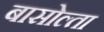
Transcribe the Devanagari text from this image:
बासोल्ता